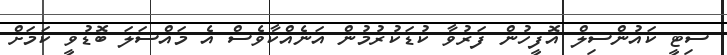
ސިޓީ ކައުންސިލް އޮފީހުން ފަރުވާ ކުޑަކުރުމުން އަނެއްކާވެސް އެ މައްސަލަ ބޮޑުވީ ކަމަށް